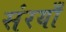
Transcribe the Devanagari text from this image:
संरयाँ